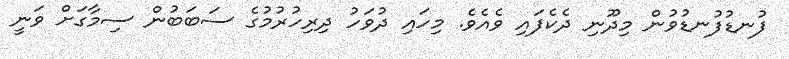
ފުނޑުފުނޑުވުން މިދޫނި ދެކެފައި ވެއެވެ. މިހައި ދުވަހު ދިރިހުރުމުގެ ސަބަބުން ސިމާގަށް ވަނީ